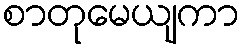
စာတုမေယျကာ